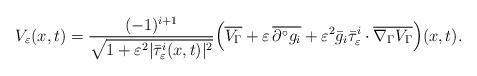
LaTeX: \begin{align*} V_\varepsilon(x,t) = \frac{(-1)^{i+1}}{\sqrt{1+\varepsilon^2|\bar{\tau}_\varepsilon^i(x,t)|^2}}\Bigl(\overline{V_\Gamma}+\varepsilon\,\overline{\partial^\circ g_i}+\varepsilon^2\bar{g}_i\bar{\tau}_\varepsilon^i\cdot\overline{\nabla_\Gamma V_\Gamma}\Bigr)(x,t). \end{align*}